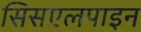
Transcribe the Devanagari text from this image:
सिसएलपाइन